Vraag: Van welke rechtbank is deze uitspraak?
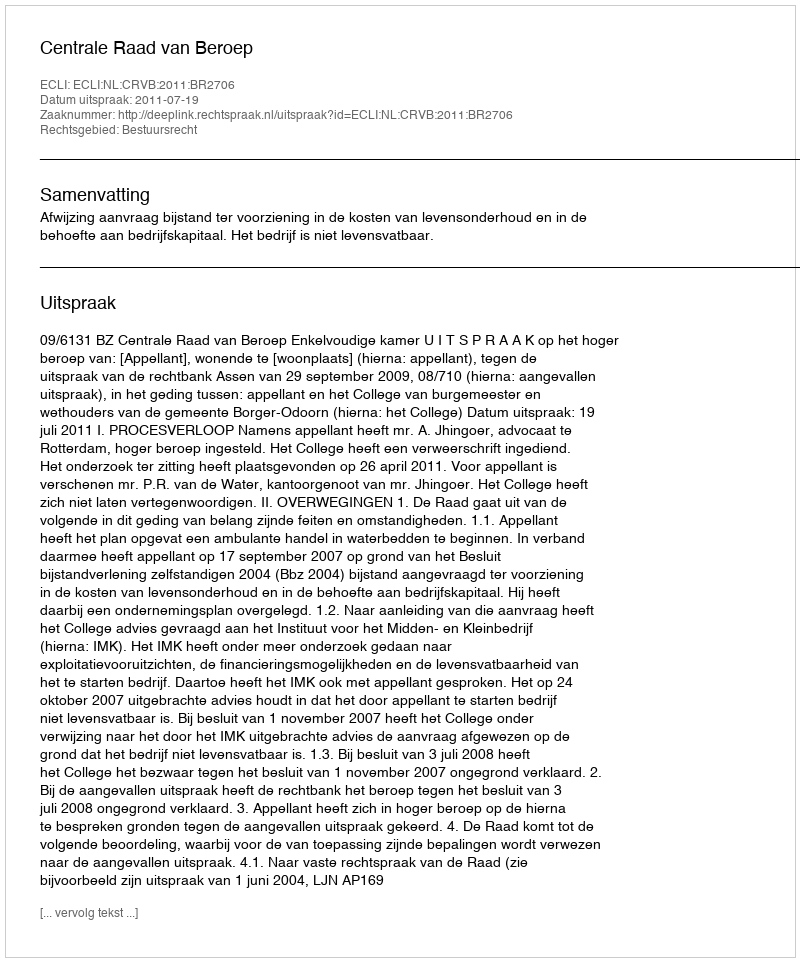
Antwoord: Centrale Raad van Beroep